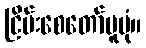
ငြိမ်းစေတော်မူပုံ။